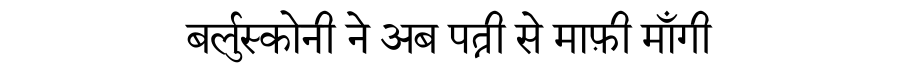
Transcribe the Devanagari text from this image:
बर्लुस्कोनी ने अब पत्नी से माफ़ी माँगी